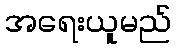
အရေးယူမည်